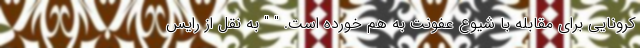
کرونایی برای مقابله با شیوع عفونت به هم خورده است. " " به نقل از رایس